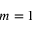
m = 1